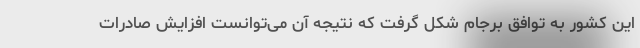
این کشور به توافق برجام شکل گرفت که نتیجه آن می‌توانست افزایش صادرات